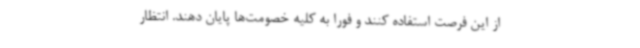
از این فرصت استفاده کنند و فورا به کلیه خصومت‌ها پایان دهند. انتظار